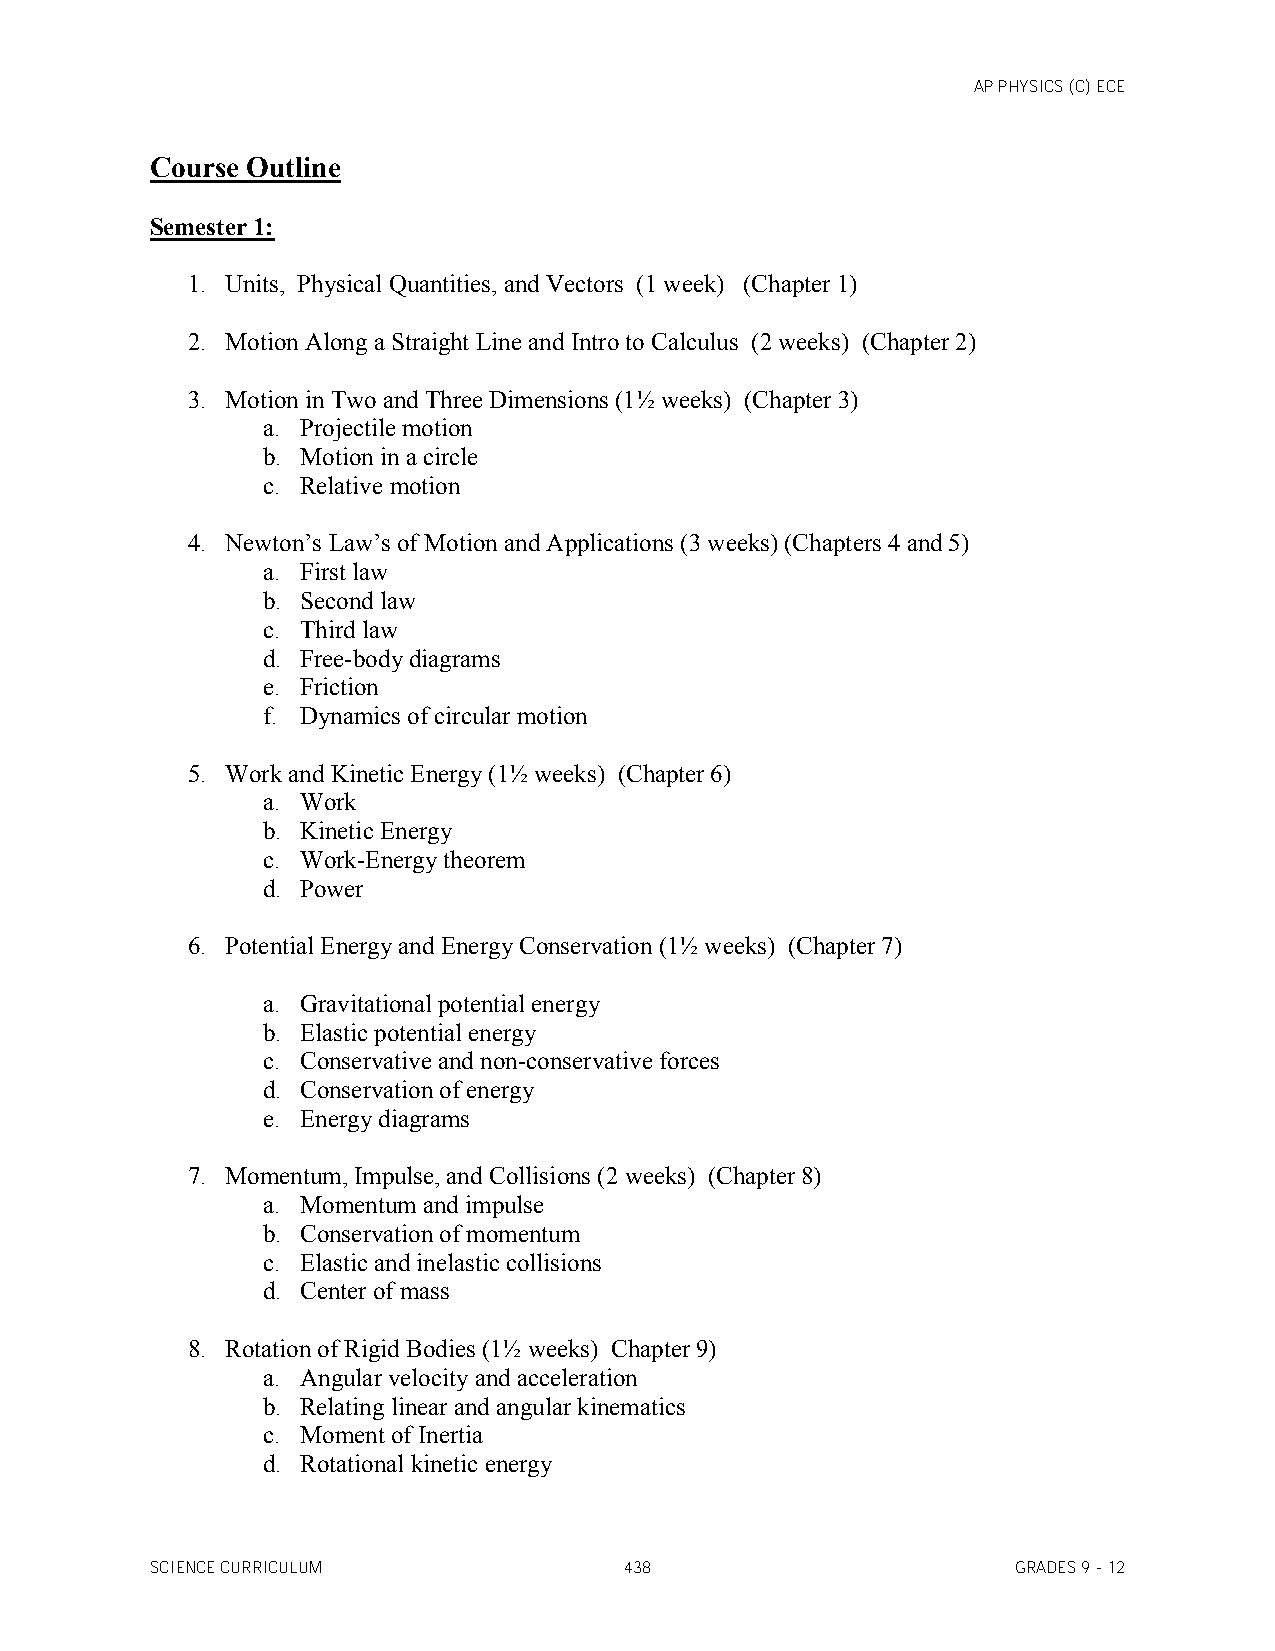
AP PHYSICS (C) ECE
 Course Outline
 Semester 1:
 1. Units, Physical Quantities, and Vectors (1 week) (Chapter 1)
 2. Motion Along a Straight Line and Intro to Calculus (2 weeks) (Chapter 2)
 3. Motion in Two and Three Dimensions (1½ weeks) (Chapter 3)
 a. Projectile motion
 b. Motion in a circle
 c. Relative motion
 4. Newton’s Law’s of Motion and Applications (3 weeks) (Chapters 4 and 5)
 a. First law
 b. Second law
 c. Third law
 d. Free-body diagrams
 e. Friction
 f. Dynamics of circular motion
 5. Work and Kinetic Energy (1½ weeks) (Chapter 6)
 a. Work
 b. Kinetic Energy
 c. Work-Energy theorem
 d. Power
 6. Potential Energy and Energy Conservation (1½ weeks) (Chapter 7)
 a. Gravitational potential energy
 b. Elastic potential energy
 c. Conservative and non-conservative forces
 d. Conservation of energy
 e. Energy diagrams
 7. Momentum, Impulse, and Collisions (2 weeks) (Chapter 8)
 a. Momentum and impulse
 b. Conservation of momentum
 c. Elastic and inelastic collisions
 d. Center of mass
 8. Rotation of Rigid Bodies (1½ weeks) Chapter 9)
 a. Angular velocity and acceleration
 b. Relating linear and angular kinematics
 c. Moment of Inertia
 d. Rotational kinetic energy
 SCIENCE CURRICULUM             438                       GRADES 9 - 12